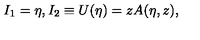
I _ { 1 } = \eta , I _ { 2 } \equiv U ( \eta ) = z A ( \eta , z ) ,